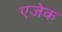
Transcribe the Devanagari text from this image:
एजेक